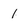
Character: 1